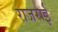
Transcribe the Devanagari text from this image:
राजराई